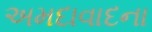
અમદાવાદના